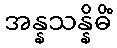
အန္နသန္နိဓိံ